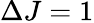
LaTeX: \Delta J=1